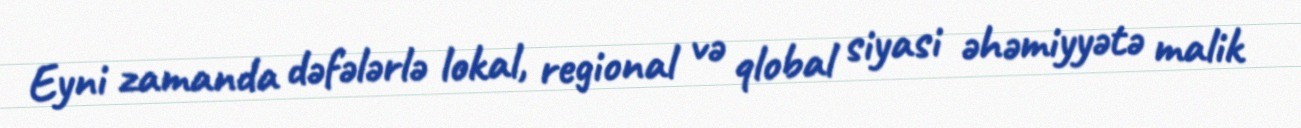
Eyni zamanda dəfələrlə lokal, regional və qlobal siyasi əhəmiyyətə malik